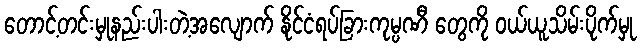
တောင့်တင်းမှုနည်းပါးတဲ့အလျောက် နိုင်ငံရပ်ခြားကုမ္ပဏီ တွေကို ဝယ်ယူသိမ်းပိုက်မှု